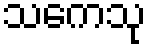
သကေသု